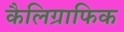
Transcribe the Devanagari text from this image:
कैलिग्राफिक